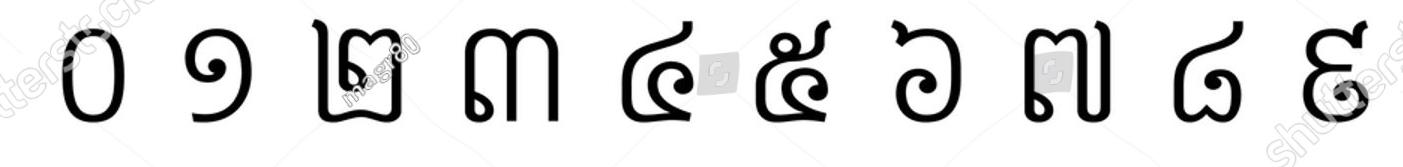
០ ១ ២ ៣ ៤ ៥ ៦ ៧ ៨ ៩